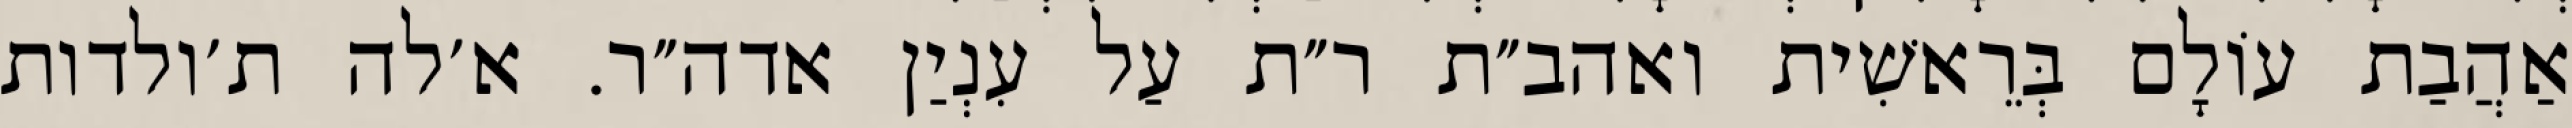
אַהֲבַת עוֹלָם בְּרֵאשִׁית ואהב״ת ר״ת עַל עִנְיַן אדה״ר. א׳לה ת׳ולדות